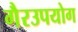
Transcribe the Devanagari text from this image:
गैरउपयोग